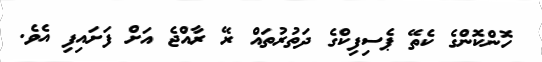
ހޮންކޮންގެ ކެތޭ ޕެސިފިކްގެ ދަތުރުތައް ރޭ ރާއްޖެ އަށް ފަށައިފި އެވެ.